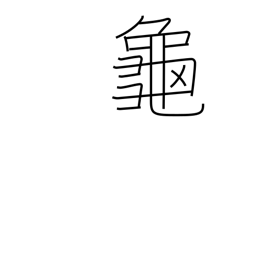
Meaning: turtle